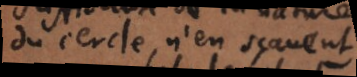
du cercle, n’en sçavent